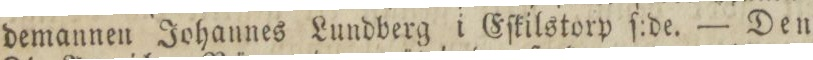
demannen Johannes Lundberg i Eſkilstorp ſ:de. — Den